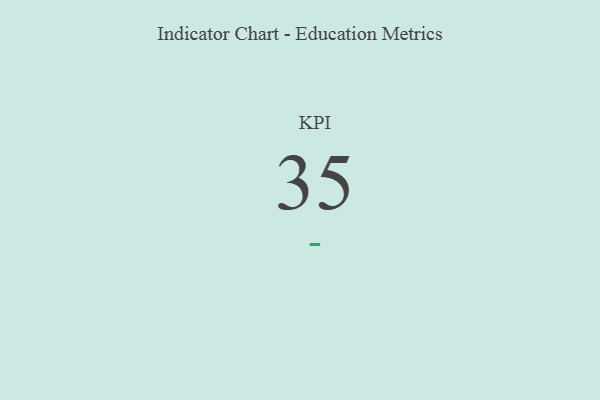
{"axis": {"x": "KPI", "y": "Value"}, "legend": [""], "data": [{"x": "KPI", "y": 35, "type": ""}]}